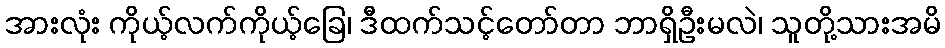
အားလုံး ကိုယ့်လက်ကိုယ့်ခြေ၊ ဒီထက်သင့်တော်တာ ဘာရှိဦးမလဲ၊ သူတို့သားအမိ